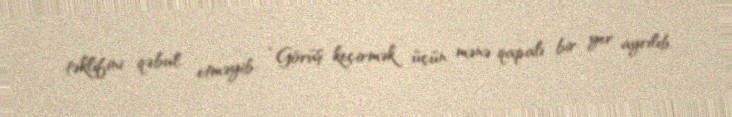
təklifini qəbul etməyib: “Görüş keçirmək üçün mənə qapalı bir yer ayrılıb.